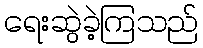
ရေးဆွဲခဲ့ကြသည်